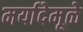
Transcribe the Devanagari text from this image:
मर्यादेमूळे